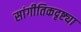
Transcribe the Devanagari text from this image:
सांगीतिकदृष्ट्या